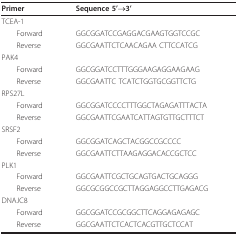
| Primer | Sequence 5'→3' |
 | --- | --- |
 | TCEA-1 |  |
 | Forward | GGCGGATCCGAGGACGAAGTGGTCCGC |
 | Reverse | GGCGAATTCTCAACAGAA CTTCCATCG |
 | PAK4 |  |
 | Forward | GGCGGATCCTTTGGGAAGAGGAAGAAG |
 | Reverse | GGCGAATTC TCATCTGGTGCGGTTCTG |
 | RPS27L |  |
 | Forward | GGCGGATCCCCTTTGGCTAGAGATTTACTA |
 | Reverse | GGCGAATTCGAATCATTAGTGTTGCTTTCT |
 | SRSF2 |  |
 | Forward | GGCGGATCAGCTACGGCCGCCCC |
 | Reverse | GGCGAATTCTTAAGAGGACACCGCTCC |
 | PLK1 |  |
 | Forward | GGCGAATTCGCTGCAGTGACTGCAGGG |
 | Reverse | GGCGCGGCCGCTTAGGAGGCCTTGAGACG |
 | DNAJC8 |  |
 | Forward | GGCGGATCCGCGGCTTCAGGAGAGAGC |
 | Reverse | GGCGAATTCTCACTCACGTTGCTCCAT |